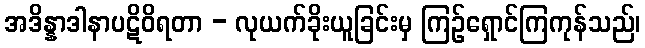
အဒိန္နာဒါနာပဋိဝိရတာ - လုယက်ခိုးယူခြင်းမှ ကြဉ်ရှောင်ကြကုန်သည်၊